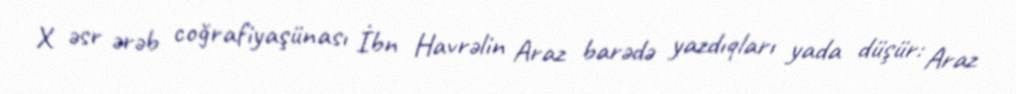
X əsr ərəb coğrafiyaşünası İbn Havrəlin Araz barədə yazdıqları yada düşür: Araz